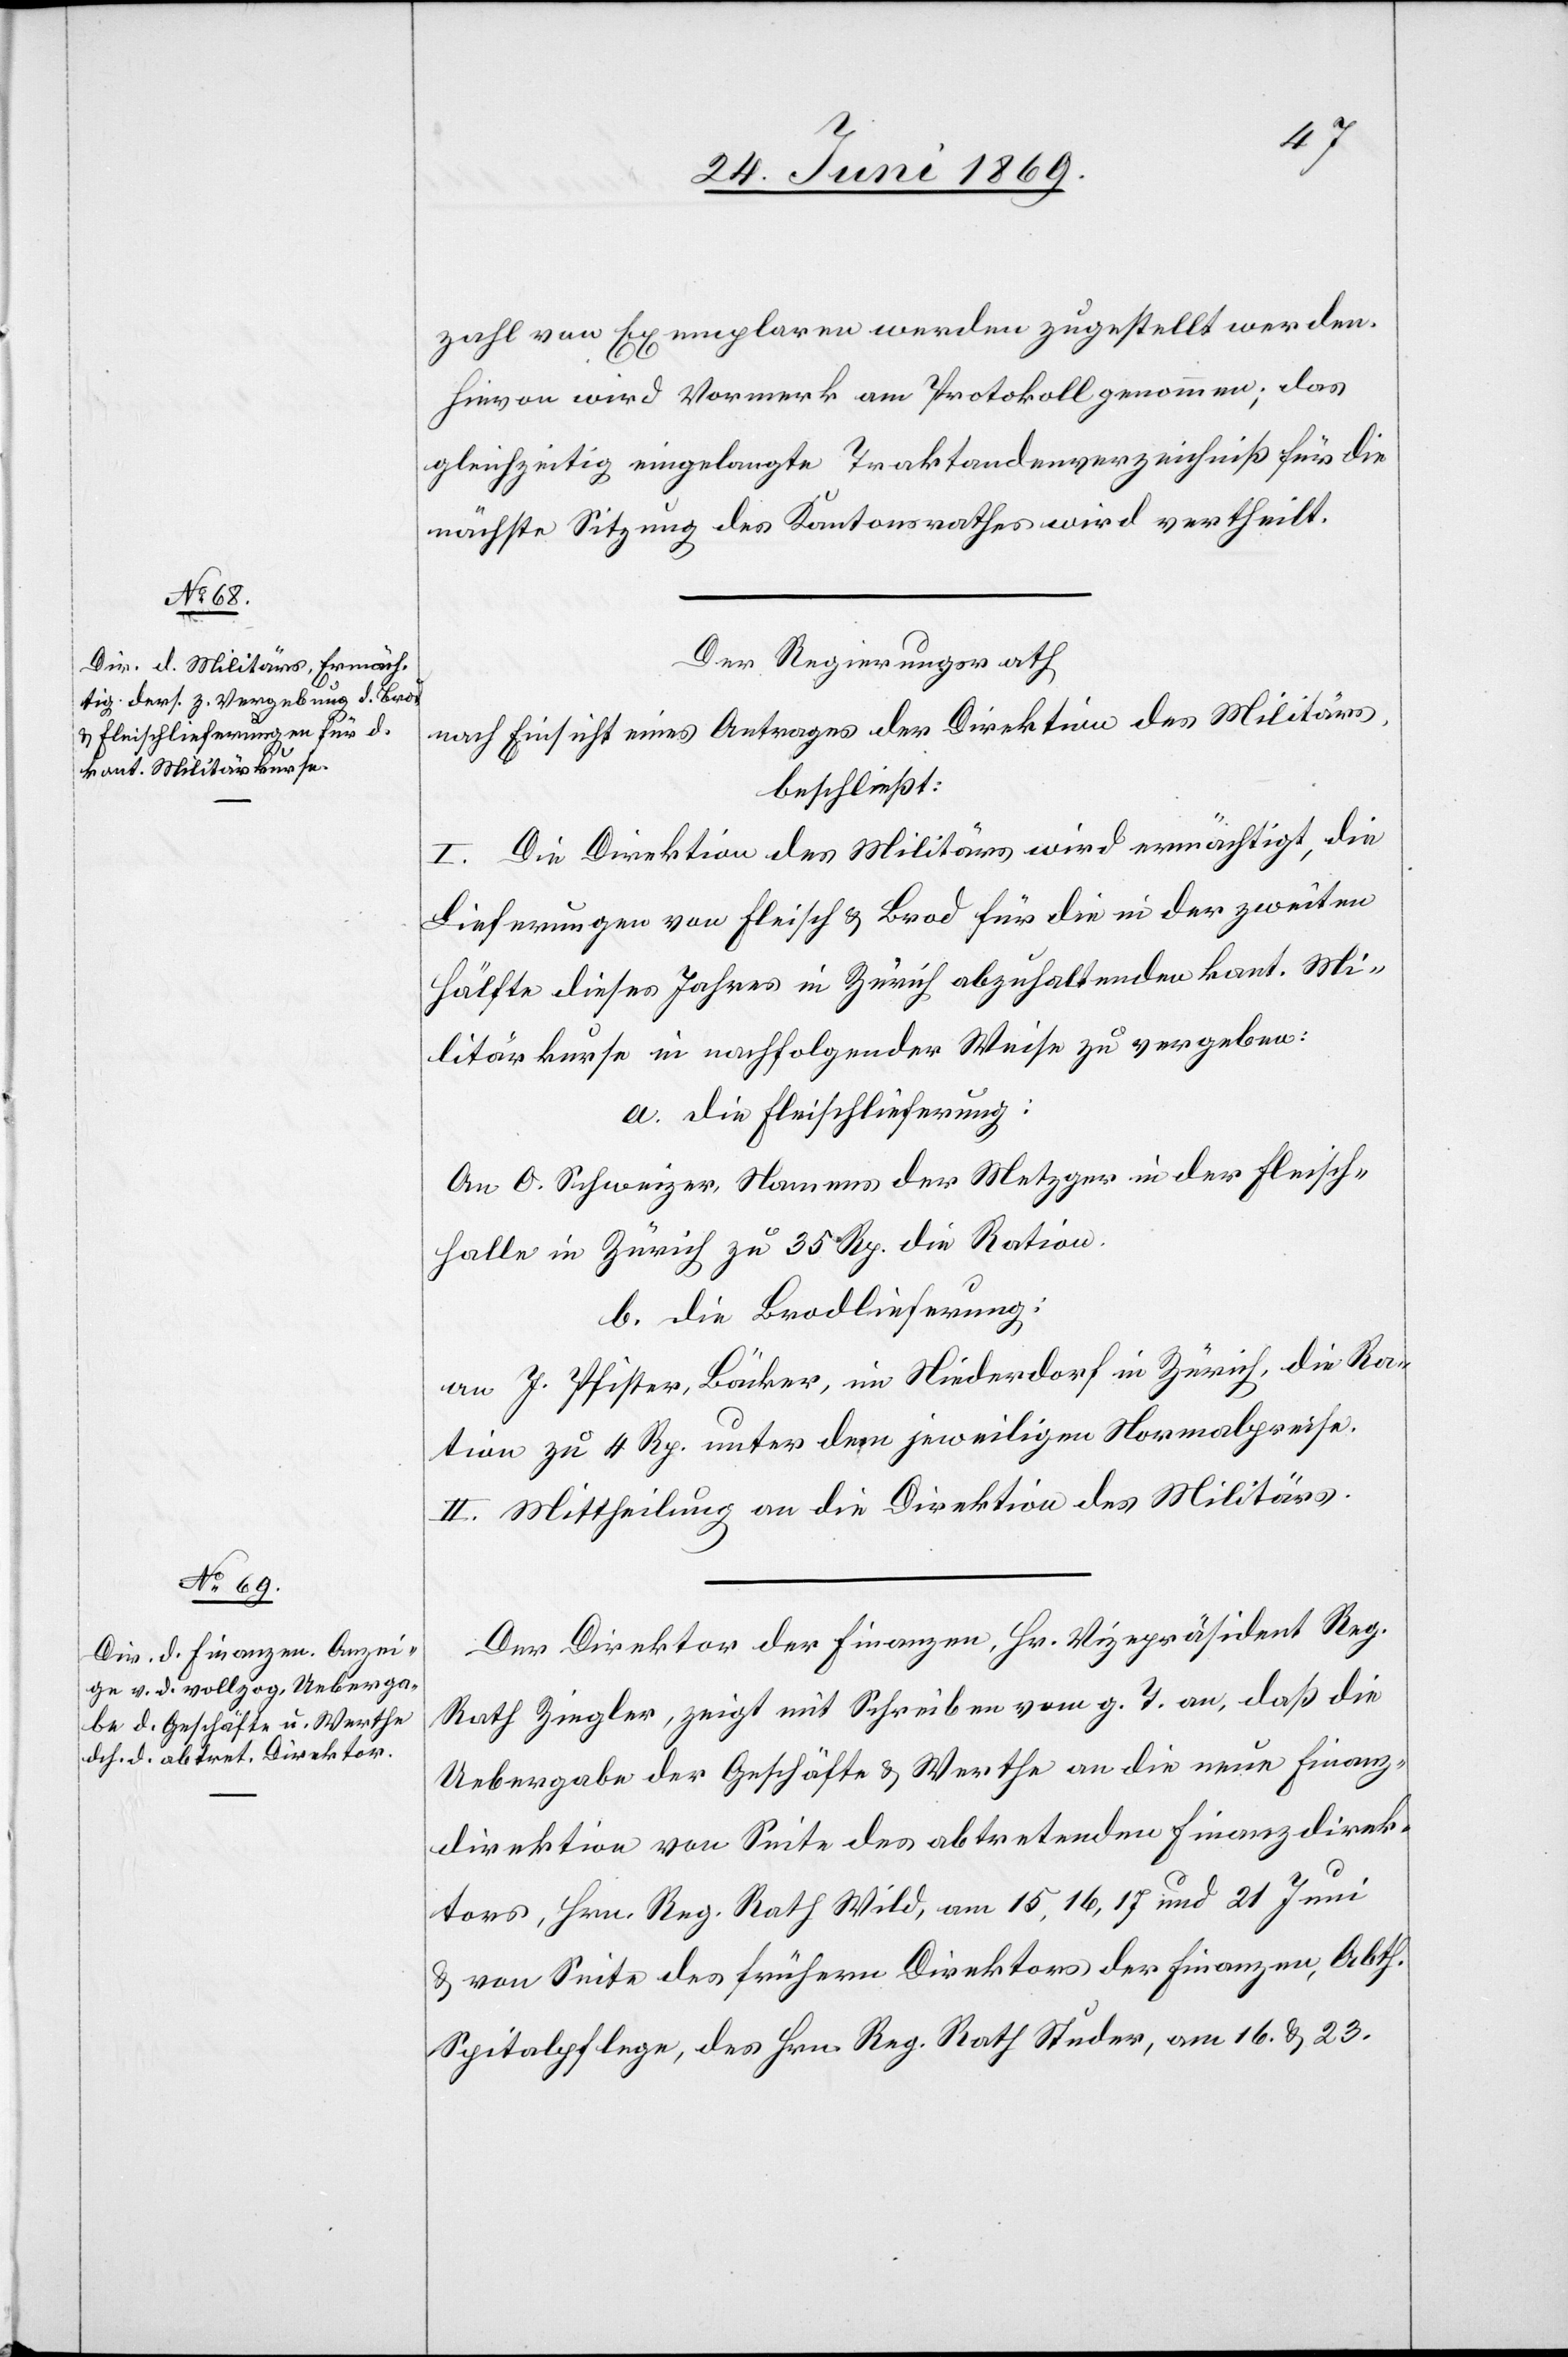
zahl von Exemplaren werden zugestellt werden.
Hievon wird Vormerk am Protokoll genommen; das
gleichzeitig eingelangte Traktandenverzeichniß für die
nächste Sitzung des Kantonsrathes wird vertheilt.
Der Regierungsrath,
nach Einsicht eines Antrages der Direktion des Militärs,
beschließt:
I. Die Direktion des Militärs wird ermächtigt, die
Lieferungen von Fleisch u. Brod für die in der zweiten
Hälfte des Jahres in Zürich abzuhaltenden kant. Mi¬
litärkurse in nachfolgender Weise zu vergeben:
a. Die Fleischführung:
An O. Schweizer, Namens der Metzger in der Fleisch¬
falle in Zürich zu 35 Rp. die Ration.
b. Die Brodlieferung:
an J. Pfister, Bäcker, in Niederdorf in Zürich, die Ra¬
tion zu 4 Rp. unter dem jeweiligen Normalpreise.
II. Mittheilung an die Direktion des Militärs.
Der Direktion der Finanzen, Hr. Vizepräsident Reg.
Rath Ziegler, zeigt mit Schreiben vom g. T. an, daß die
Uebergabe der Geschäfte u. Werthe an die neue Finanz¬
direktion von Seite des abtretenden Finanzdirek¬
tors, Hrn. Reg. Rath Wild, am 15,16,17 und 21 Juni
u. von Seite des frühern Direktors der Finanzen, Abth.
Spitalpflege, des Hrn. Reg. Rath Studer, am 16. u. 23.